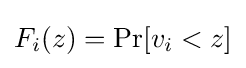
F_{i}(z)=\Pr[v_{i}<z]